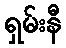
ရှမ်းနီ